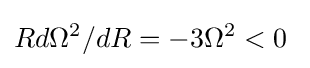
Rd\Omega ^{2}/dR=-3\Omega ^{2}<0\